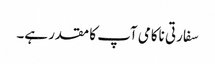
سفارتی ناکامی آپ کا مقدر ہے۔